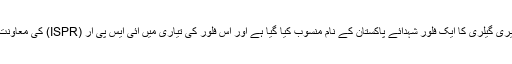
تین منزلہ تصویری گیلری کا ایک فلور شہدائے پاکستان کے نام منسوب کیا گیا ہے اور اس فلور کی تیاری میں آئی ایس پی آر (ISPR) کی معاونت حاصل ہو گی۔